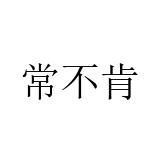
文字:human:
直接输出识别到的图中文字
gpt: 常不肯